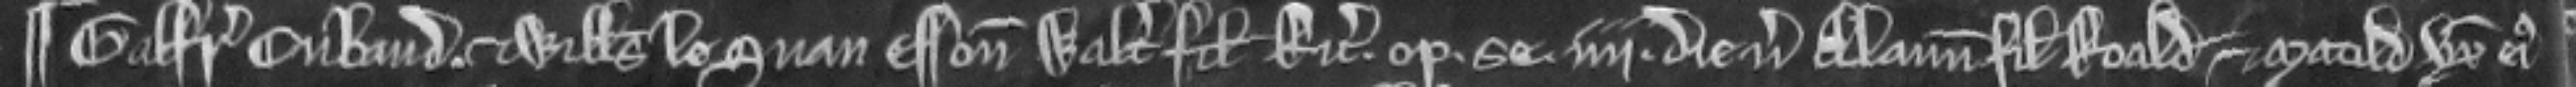
¶ Galfridus Cubaud et Willelmus le Svan essoniator Walteri filii Ricardi. optulerunt. se iiii die versus Alanum filium Roadi et Matillidem uxorem ejus